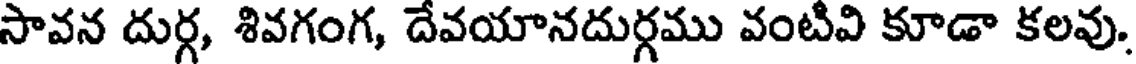
సావన దుర్గ, శివగంగ, దేవయానదుర్గము వంటివి కూడా కలవు.